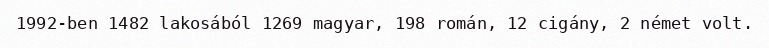
1992-ben 1482 lakosából 1269 magyar, 198 román, 12 cigány, 2 német volt.